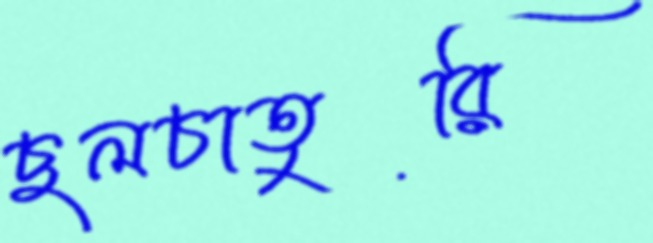
ছলচাতুরি